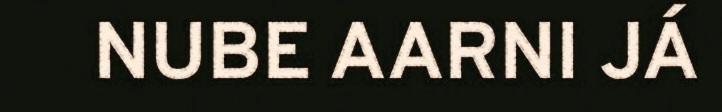
NUBE AARNI JÁ